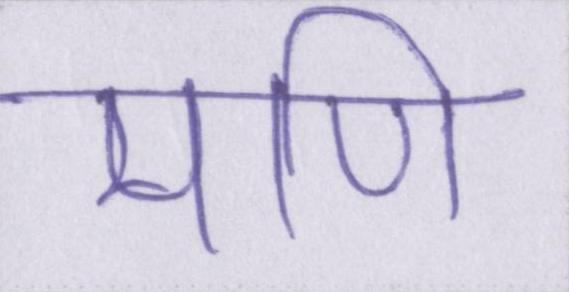
मणि